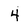
Character: 4